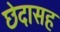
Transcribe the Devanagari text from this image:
छेदासह